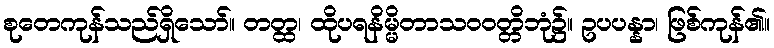
စုတေကုန်သည်ရှိသော်။ တတ္ထ၊ ထိုပရနိမ္မိတာသဝဝတ္တိဘုံ၌။ ဥပပန္နာ၊ ဖြစ်ကုန်၏။